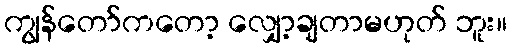
ကျွန်တော်ကတော့ လျှော့ချတာမဟုတ် ဘူး။